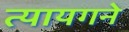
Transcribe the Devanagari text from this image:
त्यायगने